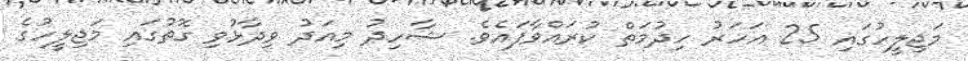
މަޖިލީހުގައި 25 އަހަރު ހިދުމަތް ކުރައްވާފައެވެ. ޝާހިދު މިއަދު ވިދާޅުވި ގޮތުގައި މަޖިލީހުގެ